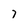
Character: 7